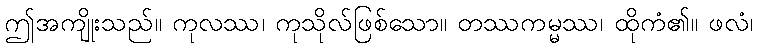
ဤအကျိုးသည်။ ကုလဿ၊ ကုသိုလ်ဖြစ်သော။ တဿကမ္မဿ၊ ထိုကံ၏။ ဖလံ၊